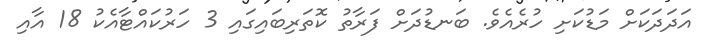
އަދަދަކަށް މަޑުކަށި ހުރެއެވެ. ބަނޑުދަށް ފަރާތު ކޮތަރިބައިގައި 3 ހަރުކައްޓާއެކު 18 އާއި